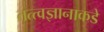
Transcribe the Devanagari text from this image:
तत्त्वज्ञानाकडे